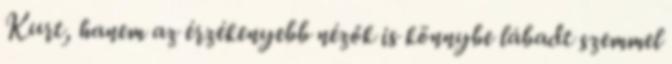
Kurt, hanem az érzékenyebb nézők is könnybe lábadt szemmel